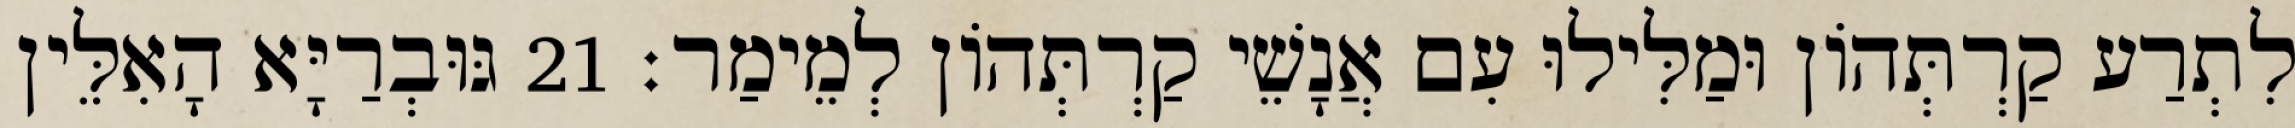
לִתְרַע קַרְתְּהוֹן וּמַלִּילוּ עִם אֲנָשֵׁי קַרְתְּהוֹן לְמֵימַר׃ 21 גּוּבְרַיָּא הָאִלֵּין